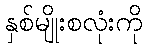
နှစ်မျိုးစလုံးကို